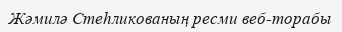
Жәмилә Стеһликованың ресми веб-торабы